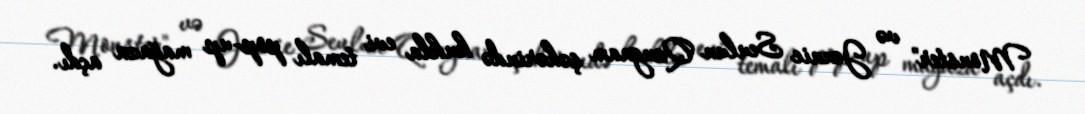
Monster" və Jennie Seulun Qangnam şəhərində kukla evi temalı pop-up mağaza açdı.